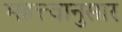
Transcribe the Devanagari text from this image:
महत्त्वानुसार